Civil Veterinary Department Bihar & Orissa reports 1922-29 - 1922-1929
Year: 1922
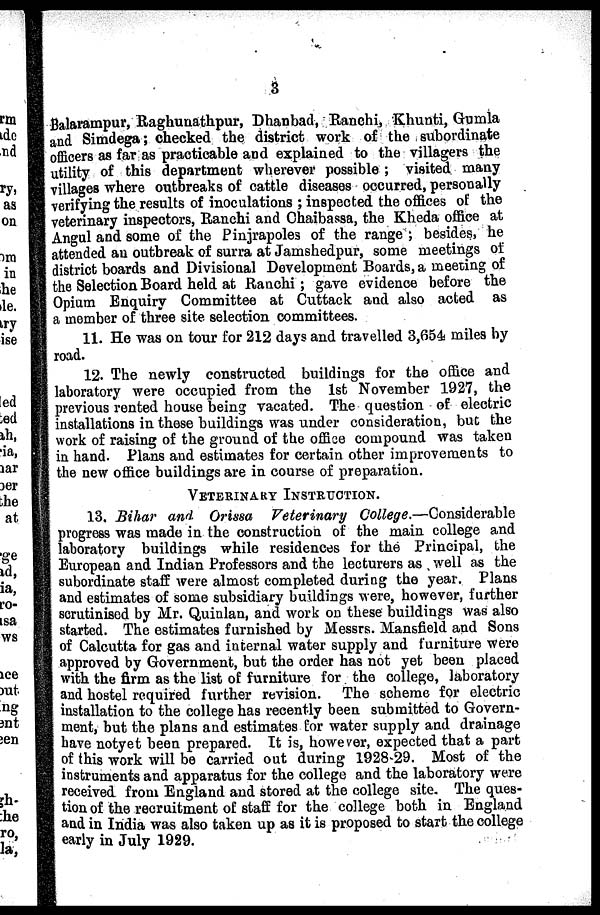
3
Balarampur, Raghunathpur, Dhanbad, Ranchi, Khunti, Gumla
and Simdega; checked the district work of the subordinate
officers as far as practicable and explained to the villagers the
utility of this department wherever possible ; visited many
villages where outbreaks of cattle diseases occurred, personally
verifying the results of inoculations ; inspected the offices of the
veterinary inspectors, Ranchi and Chaibassa, the Kheda office at
Angul and some of the Pinjrapoles of the range; besides, he
attended au outbreak of surra at Jamshedpur, some meetings of
district boards and Divisional Development Boards, a meeting of
the Selection Board held at Ranchi; gave evidence before the
Opium Enquiry Committee at Cuttack and also acted as
a member of three site selection committees.
11. He was on tour for 212 days and travelled 3,654 miles by
road.
12. The newly constructed buildiugs for the office and
laboratory were occupied from the 1st November 1927, the
previous rented house being vacated. The question of electric
installations in these buildings was under consideration, but the
work of raising of the ground of the office compound was takcu
in hand. Plans and estimates for certain other improvements to
the new office buildings are in course of preparation.
VETERINARY INSTRUCTION.
13. Bihar and Orissa Veterinary College.—Considerable
progress was made in the construction of the main college and
laboratory buildings while residences for the Principal, the
European and Indian Professors and the lecturers as , well as the
subordinate staff were almost completed during the year. Plans
and estimates of some subsidiary buildings were, however, further
scrutinisod by Mr. Quinlan, and work on these buildings was also
started. The estimates furnished by Messrs. Mansfield and Sons
of Calcutta for gas and internal water supply and furniture were
approved by Government, but the order has not yet been placed
with the firm as the list of furniture for the college, laboratory
and hostel required further revision. The scheme for electric
installation to the college has recently been submitted to Govern-
ment, but the plans and estimates for water supply and drainage
have not yet been prepared. It is, however, expected that a part
of this work will be carried out during 1928-29. Most of the
instruments and apparatus for the college and the laboratory were
received from England and stored at the college site. The ques-
tion of the recruitment of staff for the college both in England
and in India was also taken up as it is proposed to start the college
early in July 1929.